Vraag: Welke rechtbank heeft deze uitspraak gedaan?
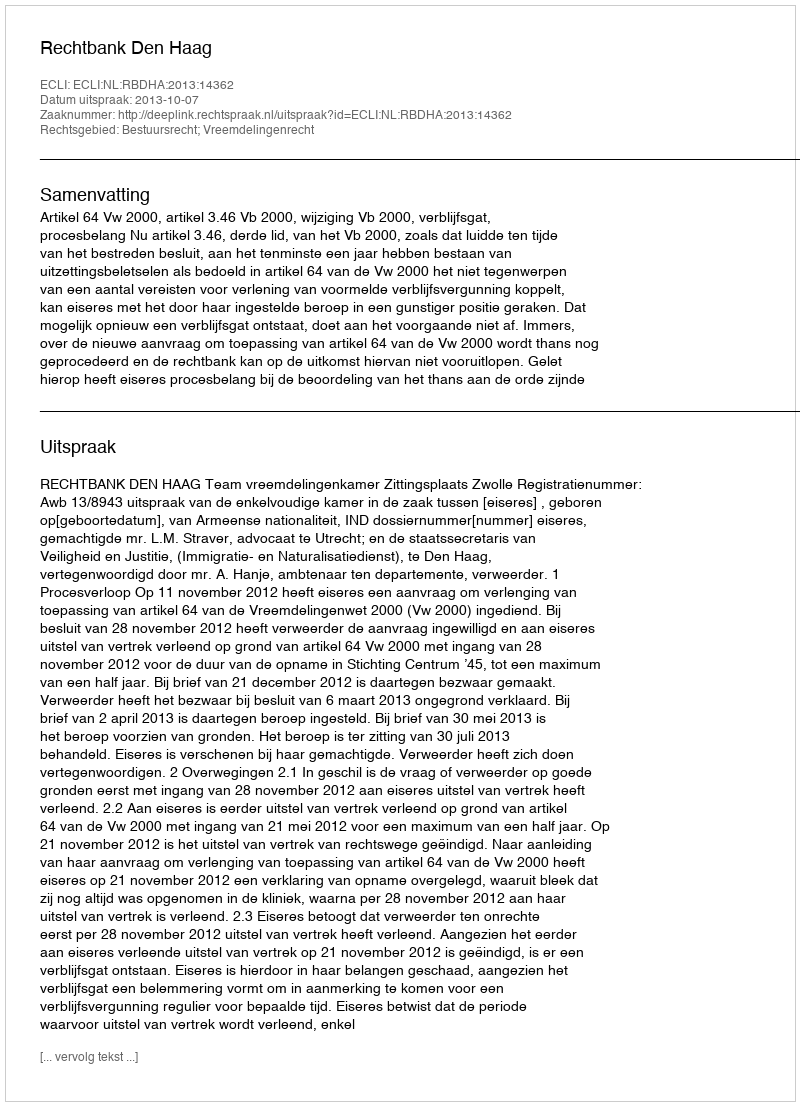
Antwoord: Rechtbank Den Haag